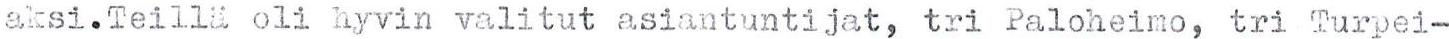
aksi.Teillä oli hyvin valitut asiantuntijat, tri Paloheimo, tri Turpei-